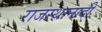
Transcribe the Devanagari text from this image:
राजस्थानादी